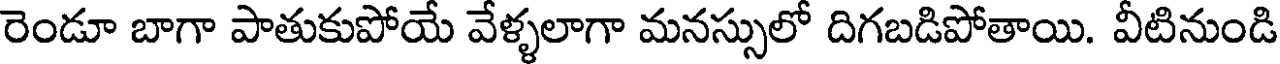
రెండూ బాగా పాతుకుపోయే వేళ్ళలాగా మనస్సులో దిగబడిపోతాయి. వీటినుండి